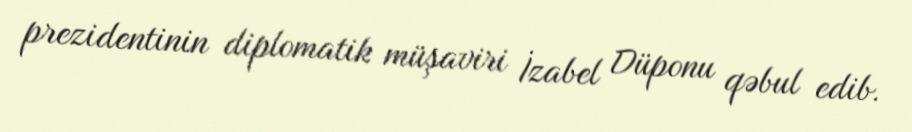
prezidentinin diplomatik müşaviri İzabel Düponu qəbul edib.